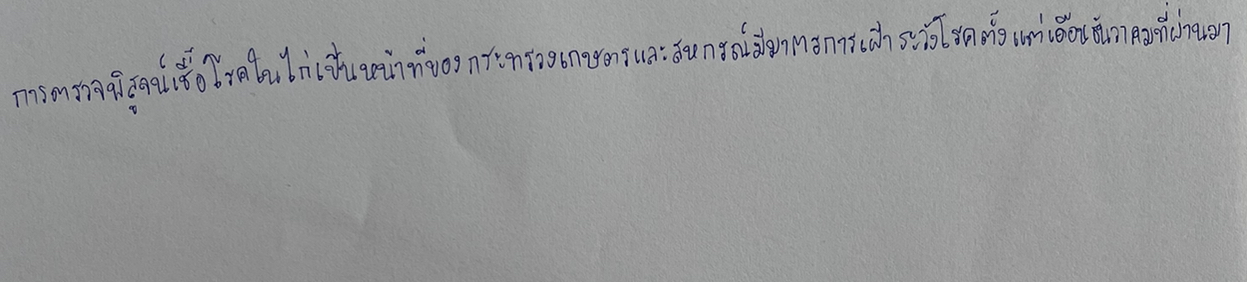
การตรวจพิสูจน์เชื้อโรคในไก่เป็นหน้าที่ของกระทรวงเกษตรและสหกรณ์มีมาตรการเฝ้าระวังโรคตั้งแต่เดือนธันวาคมที่ผ่านมา